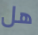
هل